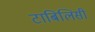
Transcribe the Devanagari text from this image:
टाबिलिसी